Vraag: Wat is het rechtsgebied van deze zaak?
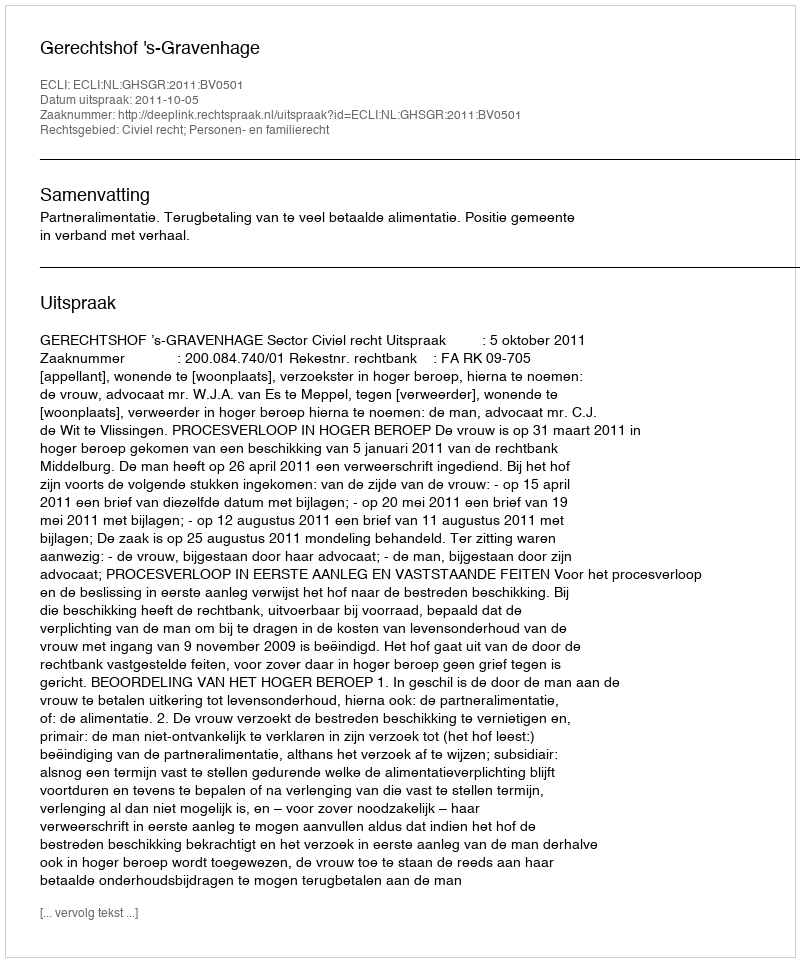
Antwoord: Civiel recht; Personen- en familierecht